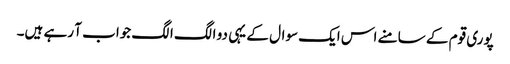
پوری قوم کے سامنے اس ایک سوال کے یہی دو الگ الگ جواب آ رہے ہیں۔